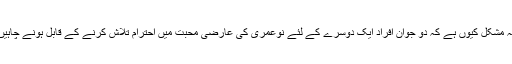
یہ مشکل کیوں ہے کہ دو جوان افراد ایک دوسرے کے لئے نوعمری کی عارضی محبت میں احترام تلاش کرنے کے قابل ہونے چاہیں۔